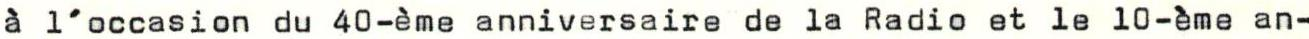
à l'occasion du 40-ème anniversaire de la Radio et le 10-ème an-